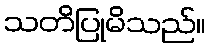
သတိပြုမိသည်။